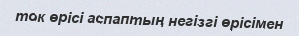
ток өрісі аспаптың негізгі өрісімен